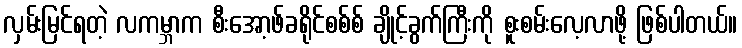
လှမ်းမြင်ရတဲ့ လကမ္ဘာက စီးအော့ဖ်ခရိုင်စစ်စ် ချိုင့်ခွက်ကြီးကို စူးစမ်းလေ့လာဖို့ ဖြစ်ပါတယ်။